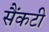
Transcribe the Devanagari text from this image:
सैंकटी